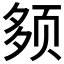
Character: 𫖰